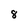
Character: 8